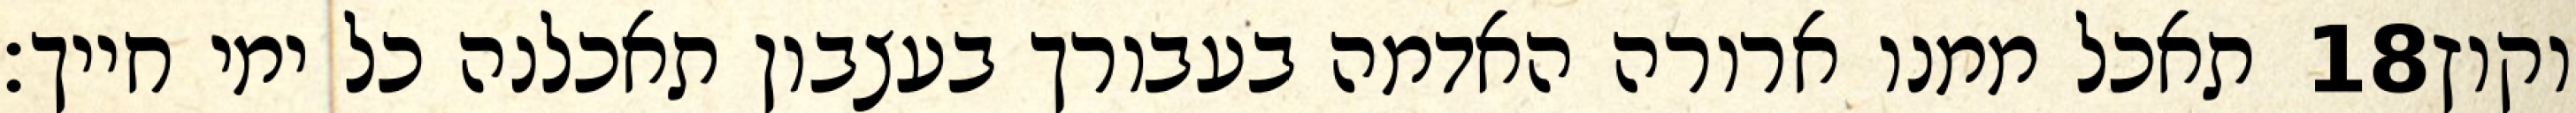
תאכל ממנו ארורה האדמה בעבורך בעצבון תאכלנה כל ימי חייך׃ ‎18‏ וקוץ